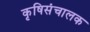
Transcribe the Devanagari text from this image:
कृषिसंचालक